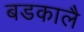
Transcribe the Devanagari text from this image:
बडकालै